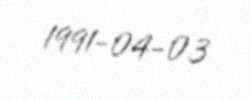
1991-04-03